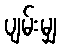
ပျမ်းမျှ